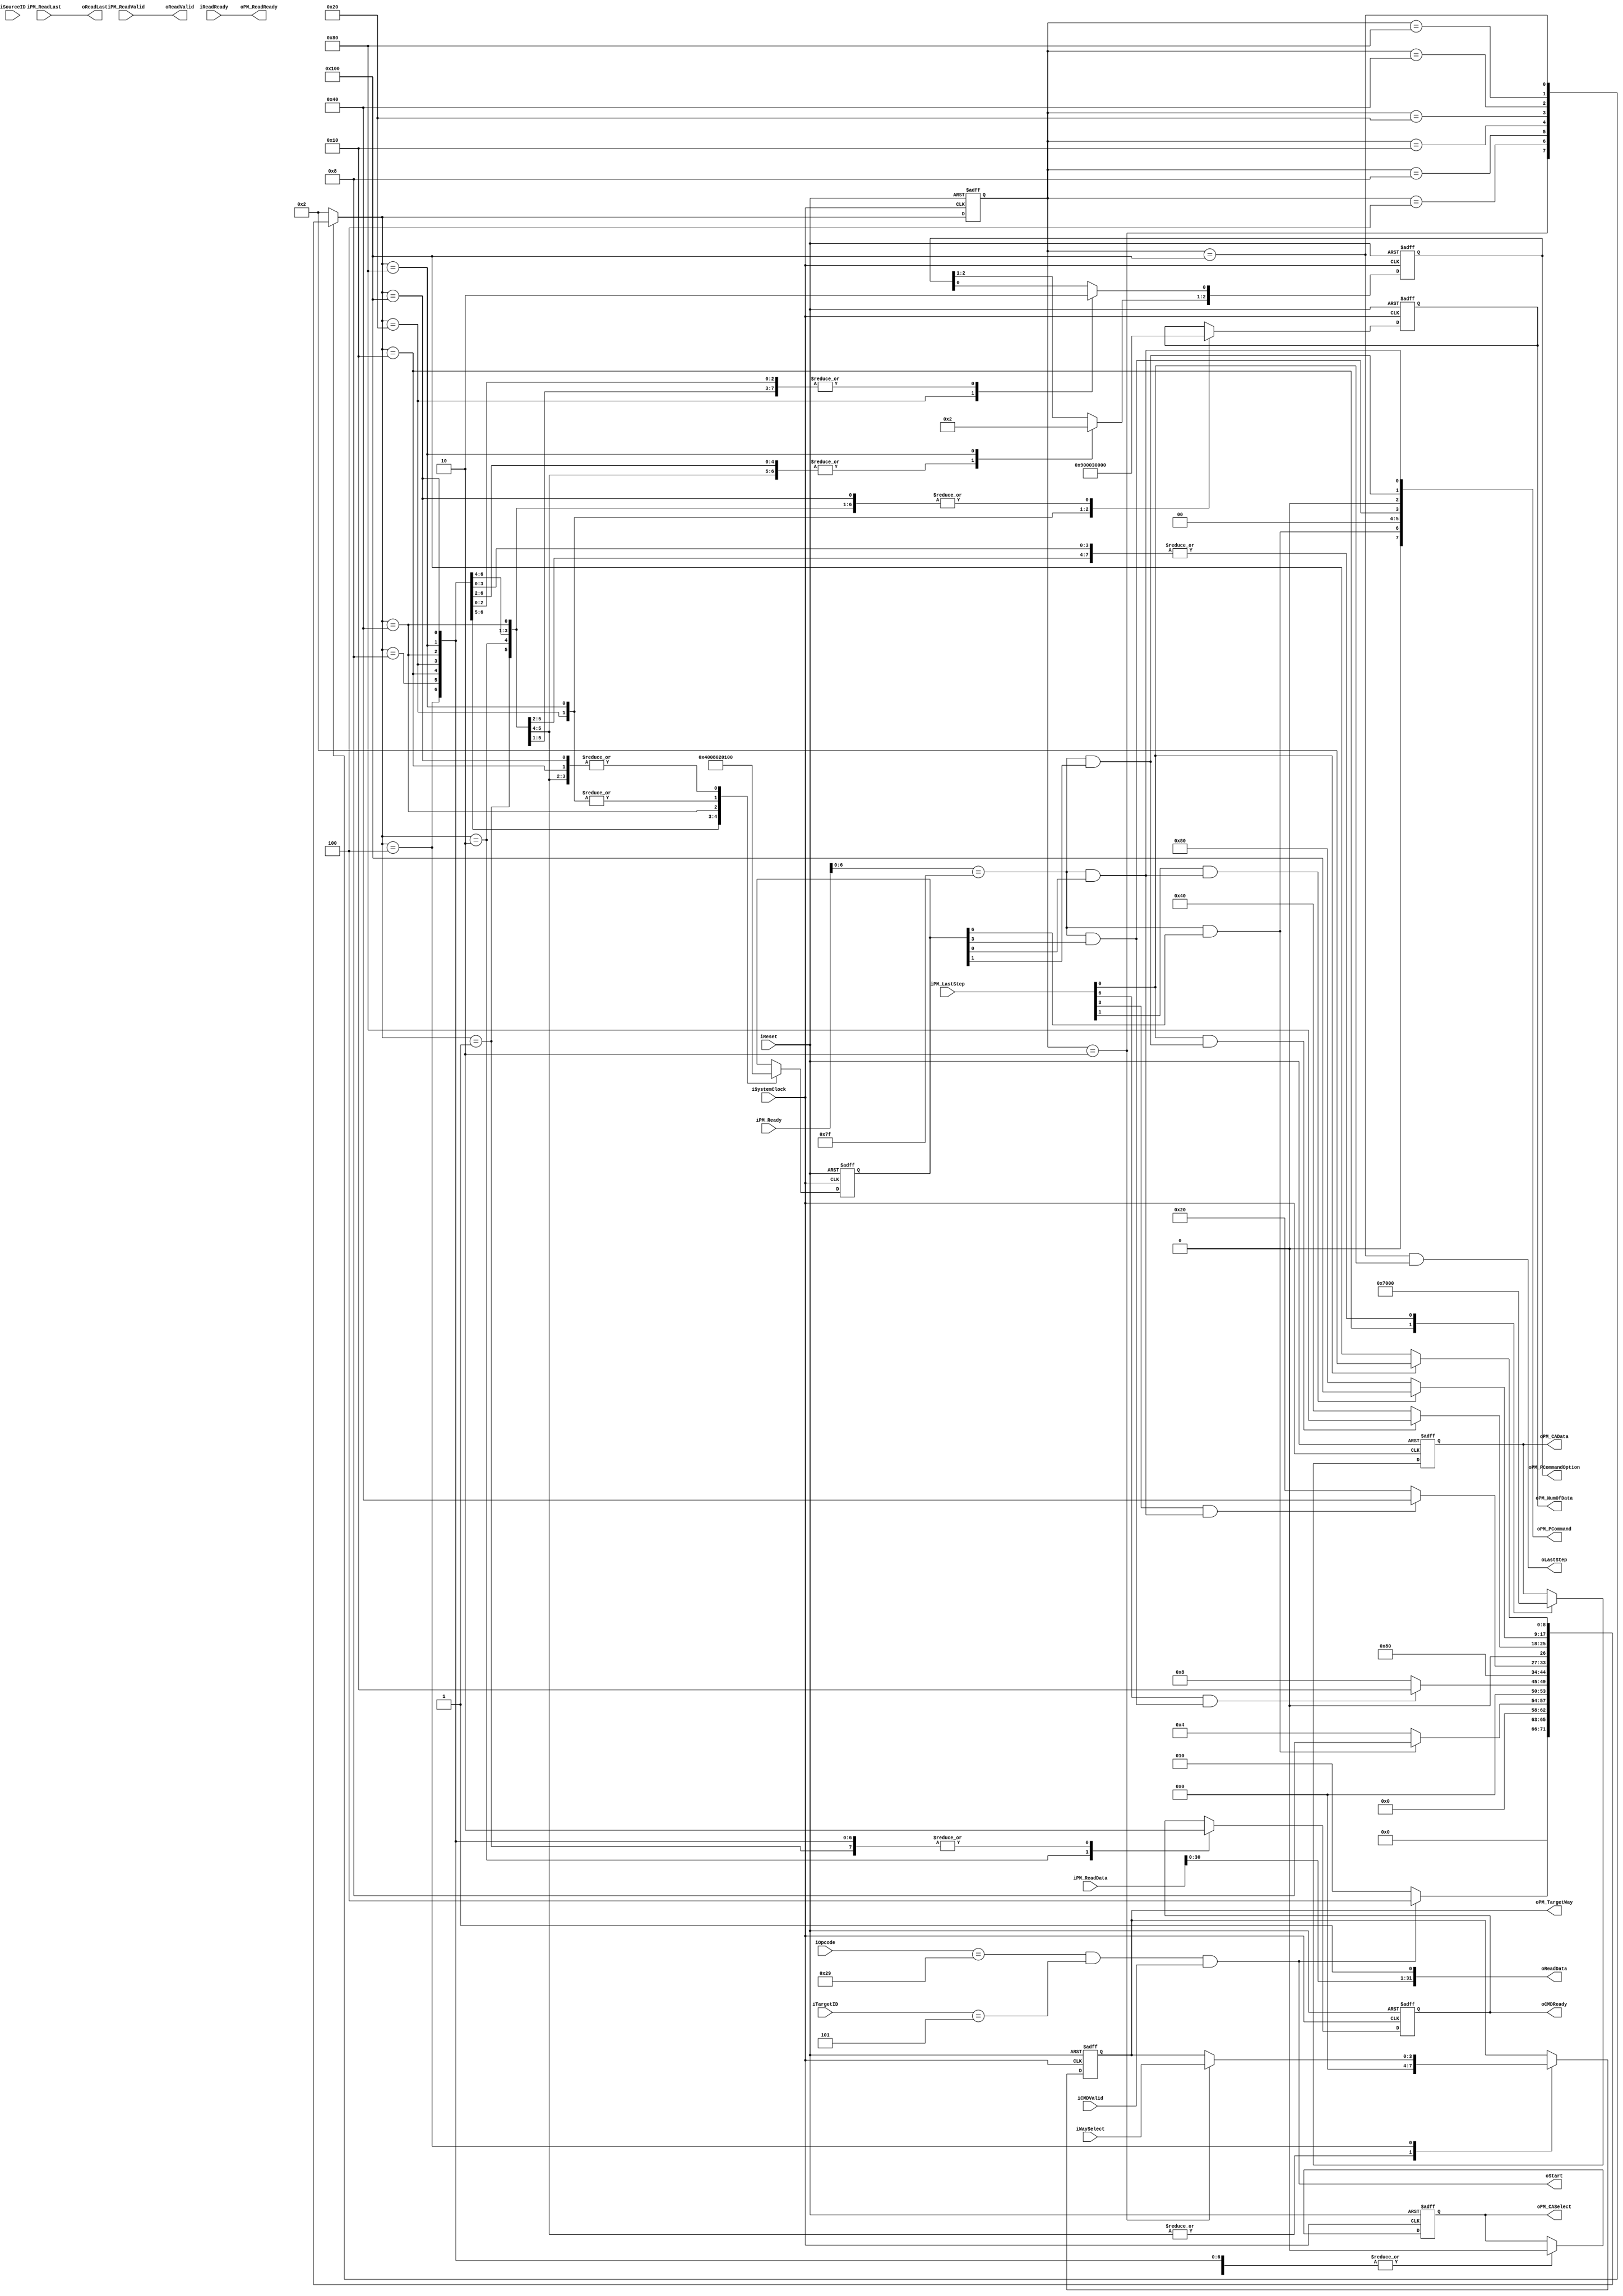
//////////////////////////////////////////////////////////////////////////////////
// NPCG_Toggle_MNC_readST for Cosmos OpenSSD
// Copyright (c) 2015 Hanyang University ENC Lab.
// Contributed by Ilyong Jung <iyjung@enc.hanyang.ac.kr>
//                Yong Ho Song <yhsong@enc.hanyang.ac.kr>
//
// This file is part of Cosmos OpenSSD.
//
// Cosmos OpenSSD is free software; you can redistribute it and/or modify
// it under the terms of the GNU General Public License as published by
// the Free Software Foundation; either version 3, or (at your option)
// any later version.
//
// Cosmos OpenSSD is distributed in the hope that it will be useful,
// but WITHOUT ANY WARRANTY; without even the implied warranty of
// MERCHANTABILITY or FITNESS FOR A PARTICULAR PURPOSE.
// See the GNU General Public License for more details.
//
// You should have received a copy of the GNU General Public License
// along with Cosmos OpenSSD; see the file COPYING.
// If not, see <http://www.gnu.org/licenses/>. 
//////////////////////////////////////////////////////////////////////////////////

//////////////////////////////////////////////////////////////////////////////////
// Company: ENC Lab. <http://enc.hanyang.ac.kr>
// 
// Project Name: Cosmos OpenSSD
// Design Name: NPCG_Toggle_MNC_readST
// Module Name: NPCG_Toggle_MNC_readST
//
// Version: v1.0.0
//
// Description: Read status execution FSM
//
//////////////////////////////////////////////////////////////////////////////////

//////////////////////////////////////////////////////////////////////////////////
// Revision History:
//
// * v1.0.0
//   - first draft 
//////////////////////////////////////////////////////////////////////////////////
`timescale 1ns / 1ps

module NPCG_Toggle_MNC_readST
#
(
    parameter NumberOfWays    =   4
)
(
    iSystemClock        ,
    iReset              ,
    iOpcode             ,
    iTargetID           ,
    iSourceID           ,
    iCMDValid           ,
    oCMDReady           ,
    oReadData           ,
    oReadLast           ,
    oReadValid          ,
    iReadReady          ,
    iWaySelect          ,
    oStart              ,
    oLastStep           ,
    iPM_Ready           ,
    iPM_LastStep        ,
    oPM_PCommand        ,
    oPM_PCommandOption  ,
    oPM_TargetWay       ,
    oPM_NumOfData       ,
    oPM_CASelect        ,
    oPM_CAData          ,
    iPM_ReadData        ,
    iPM_ReadLast        ,
    iPM_ReadValid       ,
    oPM_ReadReady
);
    input                           iSystemClock            ;
    input                           iReset                  ;
    input   [5:0]                   iOpcode                 ;
    input   [4:0]                   iTargetID               ;
    input   [4:0]                   iSourceID               ;
    input                           iCMDValid               ;
    output                          oCMDReady               ;
    output  [31:0]                  oReadData               ;
    output                          oReadLast               ;
    output                          oReadValid              ;
    input                           iReadReady              ;
    input   [NumberOfWays - 1:0]    iWaySelect              ;
    output                          oStart                  ;
    output                          oLastStep               ;
    input   [7:0]                   iPM_Ready               ;
    input   [7:0]                   iPM_LastStep            ;
    output  [7:0]                   oPM_PCommand            ;
    output  [2:0]                   oPM_PCommandOption      ;
    output  [NumberOfWays - 1:0]    oPM_TargetWay           ;
    output  [15:0]                  oPM_NumOfData           ;
    output                          oPM_CASelect            ;
    output  [7:0]                   oPM_CAData              ;
    input   [31:0]                  iPM_ReadData            ;
    input                           iPM_ReadLast            ;
    input                           iPM_ReadValid           ;
    output                          oPM_ReadReady           ;
    
    // FSM Parameters/Wires/Regs
    localparam rST_FSM_BIT = 9; // read STatus
    localparam rST_RESET         = 9'b000000001;
    localparam rST_READY         = 9'b000000010;
    localparam rST_PBRIssue      = 9'b000000100; // capture, PBR start
    localparam rST_CALIssue      = 9'b000001000; // CAL start ready
    localparam rST_CALData0      = 9'b000010000; // CA data
    localparam rST_Timer1Issue   = 9'b000100000; // Timer1 start ready
    localparam rST_DataInIssue   = 9'b001000000; // DI start ready
    localparam rST_Timer2Issue   = 9'b010000000; // Timer2 start ready
    localparam rST_WAITDone      = 9'b100000000; // wait for request done
    
    reg     [rST_FSM_BIT-1:0]       r_rST_cur_state         ;
    reg     [rST_FSM_BIT-1:0]       r_rST_nxt_state         ;
    
    
    
    // Internal Wires/Regs
    reg     [4:0]                   rSourceID               ;
    
    reg                             rCMDReady               ;
    
    reg     [NumberOfWays - 1:0]    rWaySelect              ;
    
    wire                            wLastStep               ;
    
    reg     [7:0]                   rPM_PCommand            ;
    reg     [2:0]                   rPM_PCommandOption      ;
    reg     [15:0]                  rPM_NumOfData           ;
    
    reg                             rPM_CASelect            ;
    reg     [7:0]                   rPM_CAData              ;
    
    wire                            wPCGStart               ;
    wire                            wCapture                ;
    wire                            wPMReady                ;
    wire                            wPBRReady               ;
    wire                            wPBRStart               ;
    wire                            wPBRDone                ;
    wire                            wCALReady               ;
    wire                            wCALStart               ;
    wire                            wCALDone                ;
    wire                            wTMReady                ;
    wire                            wTMStart                ;
    wire                            wTMDone                 ;
    wire                            wDIReady                ;
    wire                            wDIStart                ;
    wire                            wDIDone                 ;    
    
    // Control Signals
    
    // Flow Contorl
    
    assign wPCGStart = (iOpcode[5:0] == 6'b101001) & (iTargetID[4:0] == 5'b00101) & iCMDValid;
    
    assign wCapture = (r_rST_cur_state[rST_FSM_BIT-1:0] == rST_READY);
    
    assign wPMReady = (iPM_Ready[6:0] == 7'b1111111);
    
    assign wPBRReady = wPMReady;
    assign wPBRStart = wPBRReady & rPM_PCommand[6];
    assign wPBRDone = iPM_LastStep[6];
    
    assign wCALReady = wPMReady;
    assign wCALStart = wCALReady & rPM_PCommand[3];
    assign wCALDone = iPM_LastStep[3];
    
    assign wTMReady = wPMReady;
    assign wTMStart = wTMReady & rPM_PCommand[0];
    assign wTMDone = iPM_LastStep[0];
    
    assign wDIReady = wPMReady;
    assign wDIStart = wDIReady & rPM_PCommand[1];
    assign wDIDone = iPM_LastStep[1];
    
    wire iCEHold;
    assign iCEHold = 1'b1;
    
    assign wLastStep =    ((r_rST_cur_state[rST_FSM_BIT-1:0] == rST_WAITDone) & wTMDone & iCEHold);
    
    
    // FSM: read STatus
    // update current state to next state
    always @ (posedge iSystemClock, posedge iReset) begin
        if (iReset) begin
            r_rST_cur_state <= rST_RESET;
        end else begin
            r_rST_cur_state <= r_rST_nxt_state;
        end
    end
    
    // deside next state
    always @ ( * ) begin
        case (r_rST_cur_state)
        rST_RESET: begin
            r_rST_nxt_state <= rST_READY;
        end
        rST_READY: begin
            r_rST_nxt_state <= (wPCGStart)? rST_PBRIssue:rST_READY;
        end
        rST_PBRIssue: begin
            r_rST_nxt_state <= (wPBRStart)? rST_CALIssue:rST_PBRIssue;
        end
        rST_CALIssue: begin
            r_rST_nxt_state <= (wPBRDone & wCALStart)? rST_CALData0:rST_CALIssue;
        end
        rST_CALData0: begin
            r_rST_nxt_state <= rST_Timer1Issue;
        end
        rST_Timer1Issue: begin
            r_rST_nxt_state <= (wCALDone & wTMStart)? rST_DataInIssue:rST_Timer1Issue;
        end
        rST_DataInIssue: begin
            r_rST_nxt_state <= (wTMDone & wDIStart)? rST_Timer2Issue:rST_DataInIssue;
        end
        rST_Timer2Issue: begin
            r_rST_nxt_state <= (wDIDone & wTMStart)? rST_WAITDone:rST_Timer2Issue;
        end
        rST_WAITDone: begin
            r_rST_nxt_state <= (wTMDone)? rST_READY:rST_WAITDone;
        end
        default:
            r_rST_nxt_state <= rST_READY;
        endcase
    end
    
    // state behaviour
    always @ (posedge iSystemClock, posedge iReset) begin
        if (iReset) begin
            rSourceID[4:0]                  <= 0;
            
            rCMDReady                       <= 0;
            
            rWaySelect[NumberOfWays - 1:0]  <= 0;
            
            rPM_PCommand[7:0]               <= 0;
            rPM_PCommandOption[2:0]         <= 0;
            rPM_NumOfData[15:0]             <= 0;
            
            rPM_CASelect                    <= 0;
            rPM_CAData[7:0]                 <= 0;
        end else begin
            case (r_rST_nxt_state)
                rST_RESET: begin
                    rSourceID[4:0]                  <= 0;
                    
                    rCMDReady                       <= 0;
                    
                    rWaySelect[NumberOfWays - 1:0]  <= 0;
                    
                    rPM_PCommand[7:0]               <= 0;
                    rPM_PCommandOption[2:0]         <= 0;
                    rPM_NumOfData[15:0]             <= 0;
                    
                    rPM_CASelect                    <= 0;
                    rPM_CAData[7:0]                 <= 0;
                end
                rST_READY: begin
                    rSourceID[4:0]                  <= 0;
                    
                    rCMDReady                       <= 1;
                    
                    rWaySelect[NumberOfWays - 1:0]  <= 0;
                    
                    rPM_PCommand[7:0]               <= 0;
                    rPM_PCommandOption[2:0]         <= 0;
                    rPM_NumOfData[15:0]             <= 0;
                    
                    rPM_CASelect                    <= 0;
                    rPM_CAData[7:0]                 <= 0;
                end
                rST_PBRIssue: begin
                    rSourceID[4:0]                  <= (wCapture)? iSourceID[4:0]:rSourceID[4:0];
                    
                    rCMDReady                       <= 0;
                    
                    rWaySelect[NumberOfWays - 1:0]  <= (wCapture)? iWaySelect[NumberOfWays - 1:0]:rWaySelect[NumberOfWays - 1:0];
                    
                    rPM_PCommand[7:0]               <= 8'b0100_0000;
                    rPM_PCommandOption[2:0]         <= 0;
                    rPM_NumOfData[15:0]             <= 0;
                    
                    rPM_CASelect                    <= 0;
                    rPM_CAData[7:0]                 <= 0;
                end
                rST_CALIssue: begin
                    rSourceID[4:0]                  <= rSourceID[4:0];
                    
                    rCMDReady                       <= 0;
                    
                    rWaySelect[NumberOfWays - 1:0]  <= rWaySelect[NumberOfWays - 1:0];
                    
                    rPM_PCommand[7:0]               <= 8'b0000_1000;
                    rPM_PCommandOption[2:0]         <= 0;
                    rPM_NumOfData[15:0]             <= 1'b0;
                    
                    rPM_CASelect                    <= 0;
                    rPM_CAData[7:0]                 <= 0;
                end
                rST_CALData0: begin
                    rSourceID[4:0]                  <= rSourceID[4:0];
                    
                    rCMDReady                       <= 0;
                    
                    rWaySelect[NumberOfWays - 1:0]  <= rWaySelect[NumberOfWays - 1:0];
                    
                    rPM_PCommand[7:0]               <= 0;
                    rPM_PCommandOption[2:0]         <= 0;
                    rPM_NumOfData[15:0]             <= 0;
                    
                    rPM_CASelect                    <= 1'b0;
                    rPM_CAData[7:0]                 <= 8'h70;
                end
                rST_Timer1Issue: begin
                    rSourceID[4:0]                  <= rSourceID[4:0];
                    
                    rCMDReady                       <= 0;
                    
                    rWaySelect[NumberOfWays - 1:0]  <= rWaySelect[NumberOfWays - 1:0];
                    
                    rPM_PCommand[7:0]               <= 8'b0000_0001;
                    rPM_PCommandOption[2:0]         <= 3'b001; //CE on
                    rPM_NumOfData[15:0]             <= 16'h0009; // 9 -> 10 cycle -> 100 ns
                    
                    rPM_CASelect                    <= 0;
                    rPM_CAData[7:0]                 <= 0;
                end
                rST_DataInIssue: begin
                    rSourceID[4:0]                  <= rSourceID[4:0];
                    
                    rCMDReady                       <= 0;
                    
                    rWaySelect[NumberOfWays - 1:0]  <= rWaySelect[NumberOfWays - 1:0];
                    
                    rPM_PCommand[7:0]               <= 8'b0000_0010;
                    rPM_PCommandOption[2:0]         <= 3'b000; // byte access
                    rPM_NumOfData[15:0]             <= 16'h0000; // 0 -> 1
                    //rPM_NumOfData[15:0]             <= 16'h0001; // 1 -> 2
                    
                    rPM_CASelect                    <= 0;
                    rPM_CAData[7:0]                 <= 0;
                end
                rST_Timer2Issue: begin
                    rSourceID[4:0]                  <= rSourceID[4:0];
                    
                    rCMDReady                       <= 0;
                    
                    rWaySelect[NumberOfWays - 1:0]  <= rWaySelect[NumberOfWays - 1:0];
                    
                    rPM_PCommand[7:0]               <= 8'b0000_0001;
                    rPM_PCommandOption[2:0]         <= 3'b100;
                    rPM_NumOfData[15:0]             <= 16'd3; // 3 -> 4 cycle -> 40 ns
                    
                    rPM_CASelect                    <= 0;
                    rPM_CAData[7:0]                 <= 0;
                end
                rST_WAITDone: begin
                    rSourceID[4:0]                  <= rSourceID[4:0];
                    
                    rCMDReady                       <= 0;
                    
                    rWaySelect[NumberOfWays - 1:0]  <= rWaySelect[NumberOfWays - 1:0];
                    
                    rPM_PCommand[7:0]               <= 0;
                    rPM_PCommandOption[0:0]         <= 0;
                    rPM_NumOfData[15:0]             <= 0;
                    
                    rPM_CASelect                    <= 0;
                    rPM_CAData[7:0]                 <= 0;
                end
            endcase
        end
    end
    
    
    
    
    // Output
    
    assign oCMDReady            = rCMDReady;
    
    assign oStart               = wPCGStart;
    assign oLastStep            = wLastStep;
    
    assign oPM_PCommand[7:0]    = { 1'b0, wPBRStart, 2'b00, wCALStart, 1'b0, wDIStart, wTMStart };
    assign oPM_PCommandOption[2:0] = rPM_PCommandOption[2:0];
    assign oPM_TargetWay[NumberOfWays - 1:0] = rWaySelect[NumberOfWays - 1:0];
    assign oPM_NumOfData[15:0]  = rPM_NumOfData[15:0];
    
    assign oPM_CASelect         = rPM_CASelect;
    assign oPM_CAData[7:0]      = rPM_CAData[7:0];
    
    // Data Read Channel
    
    assign oReadData[31:0]      = { iPM_ReadData[30:0], 1'b1 };
    assign oReadLast            = iPM_ReadLast;
    assign oReadValid           = iPM_ReadValid;
    assign oPM_ReadReady        = iReadReady;
    
endmodule